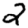
Digit: 2